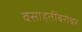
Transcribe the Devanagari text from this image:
वसाहतींबरोबर